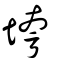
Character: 垮